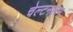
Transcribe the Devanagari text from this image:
चेल्टनहाम